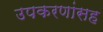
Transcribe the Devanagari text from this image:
उपकरणांसह